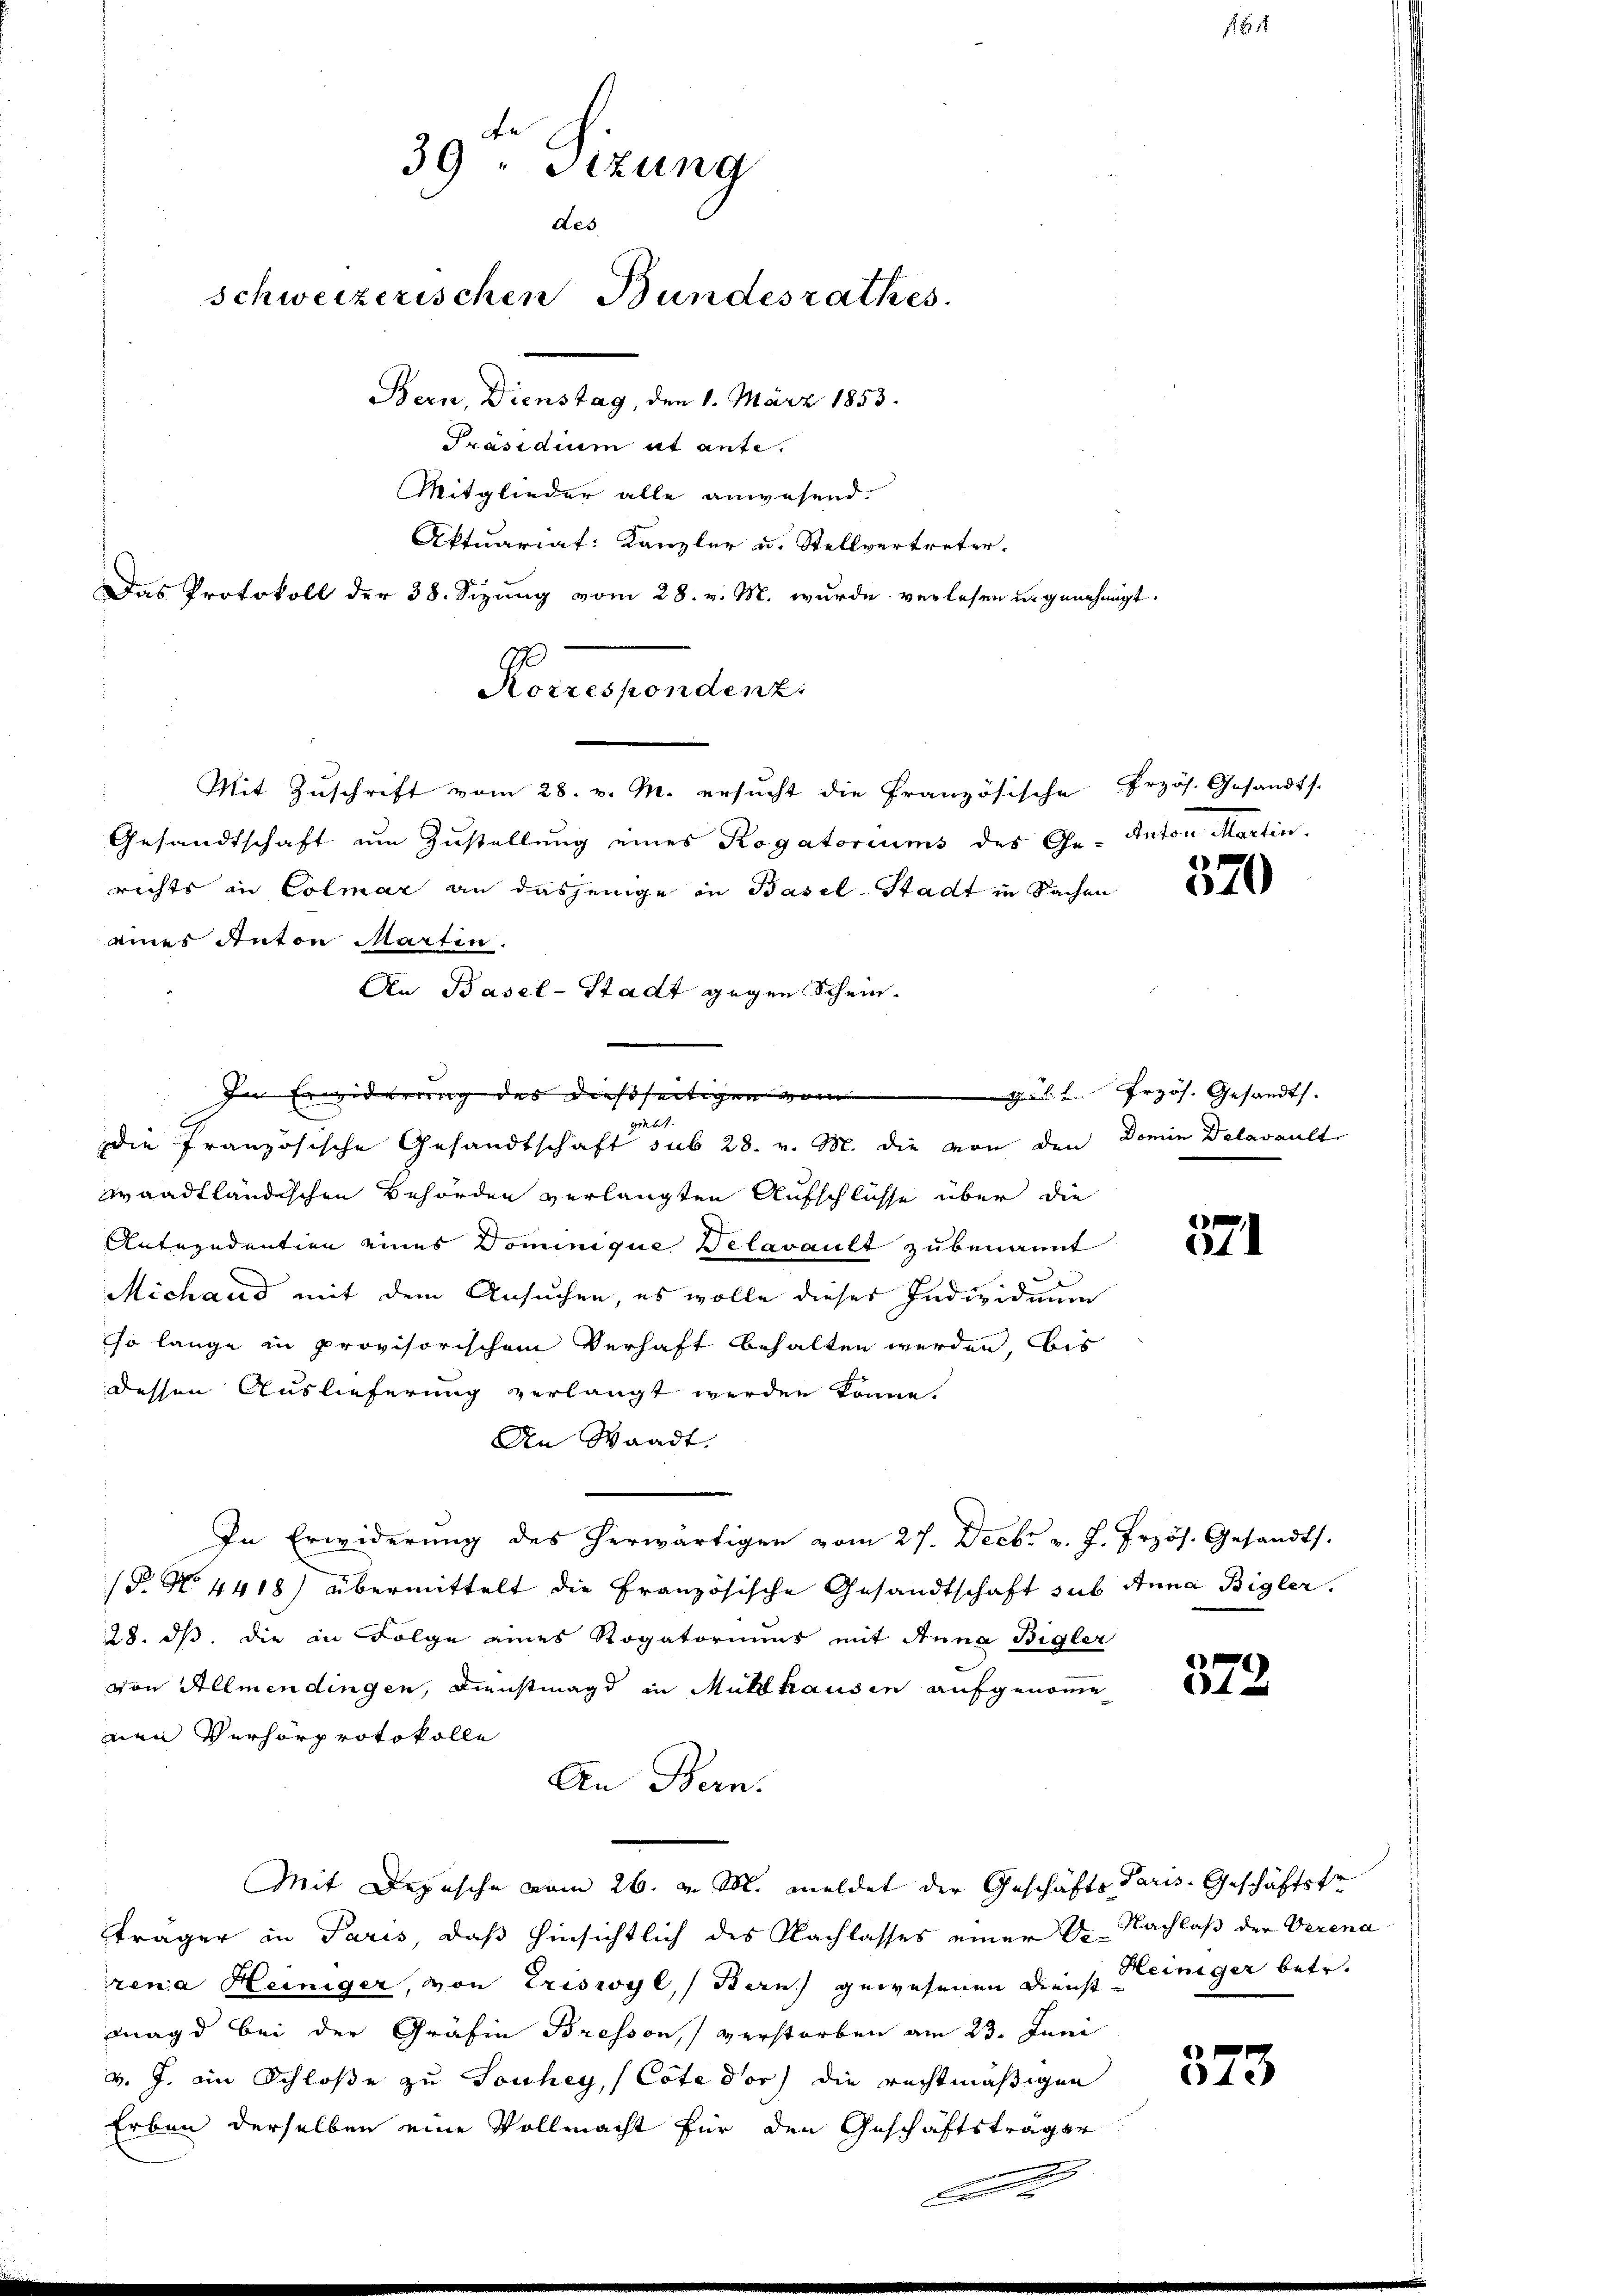
t
39 " Sizung
des
schweizerischen Bundesrathes.
Bern, Dienstag, den 1. März 1853.
Präsidium et ante.
Mitglieder alle anwesend.
Aktuariat: Kanzler u. Stellvertreter.
Das Protokoll der 38. Sizung vom 28. v. M. wurde verlesen u. genehmigt.

Korrespondenz
Mit Zuschrift vom 28. v. M. ersucht die Französische Przös. Gesandts
Gesandtschaft um Zustellung eines Rogatoriums des Ge- Anton Martin.

richts in Colmar an dasjenige in Basel-Stadt in Sachen
eines Anton Marten.
B
giebt
ie französische Gesandtschaft sub 28. v. M. die von den Domin Delavault
graadtländischen Behörden verlangten Aufschlüsse über die
Anterndention eines Dominique Delavault zu benannt
Michaud mit dem Ansuchen, es wolle dieser Individuum
so lange in provisorischem Verhaft behalten werden, bis
dessen Auslieferung verlangt werden könne.
An Waadt.
In Erwiderung des herwärtigen vom 27. Decbr. v. J. Frzös. Gesandts
(§. No. 4418) übermittelt die Französische Gesandtschaft sub Anna Bigler.
28. ds. die in Folge eines Rogatoriums mit Anna Bigler
von Allmendingen, Dienstmagd in Müllhausen aufgenomme
nen Verhörprotokolle
An Bern.
Mit Depesche vom 26. v. M. meldet der Geschäfts Paris. Geschäftsfr
träger in Paris, daß hinsichtlich des Nachlasses einer 2. Nachlaß der Verena
rena Heiniger, von Triswyl, (Bern) gewesenen Dienst Heiniger betr.
Magd bei der Gräfin Bresson, verstorben am 23. Juni
v. J. ein Schloße zu Souhey, (Cote der die rechtmäßigen
Erben derselben eine Vollmacht für den Geschäftsträger

An Basel-Stadt gegen Schein.

Im Erwiderung des dießseitigen vom 11. Frzös. Gesandts.

570

1
t

578.

4e